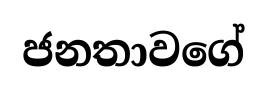
ජනතාවගේ